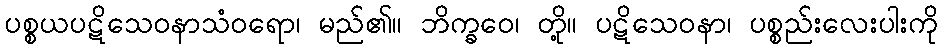
ပစ္စယပဋိသေဝနာသံဝရော၊ မည်၏။ ဘိက္ခဝေ၊ တို့။ ပဋိသေဝနာ၊ ပစ္စည်းလေးပါးကို